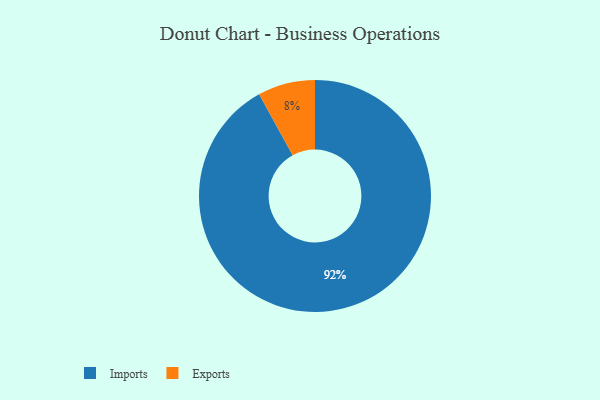
{"axis": {"x": "Category", "y": "Percentage"}, "legend": ["Exports", "Imports"], "data": [{"x": "Imports", "y": 92, "type": "Imports"}, {"x": "Exports", "y": 8, "type": "Exports"}]}